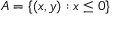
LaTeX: A = \{ ( x , y ) : x \leq 0 \}